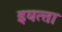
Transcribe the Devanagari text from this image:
इयत्त्ता